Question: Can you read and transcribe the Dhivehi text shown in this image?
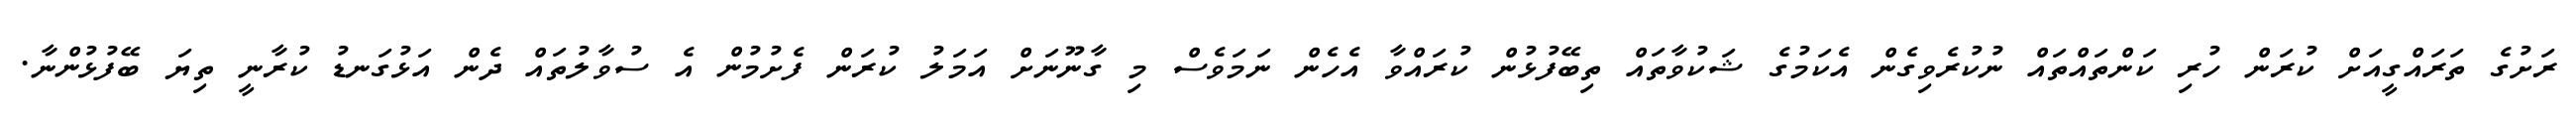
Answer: ރަށުގެ ތަރައްގީއަށް ކުރަން ހުރި ކަންތައްތައް ނުކުރެވިގެން އެކަމުގެ ޝަކުވާތައް ތިބޭފުޅުން ކުރައްވާ އެހެން ނަމަވެސް މި ގާނޫނަށް އަމަލު ކުރަން ފެށުމުން އެ ސުވާލުތައް ދެން އަޅުގަނޑު ކުރާނީ ތިޔަ ބޭފުޅުންނާ.